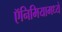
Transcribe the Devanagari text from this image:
ऍनिमियामध्ये